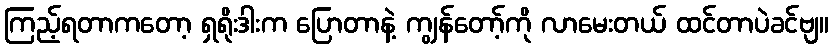
ကြည့်ရတာကတော့ ရှရိုးဒါးက ပြောတာနဲ့ ကျွန်တော့်ကို လာမေးတယ် ထင်တာပဲခင်ဗျ။